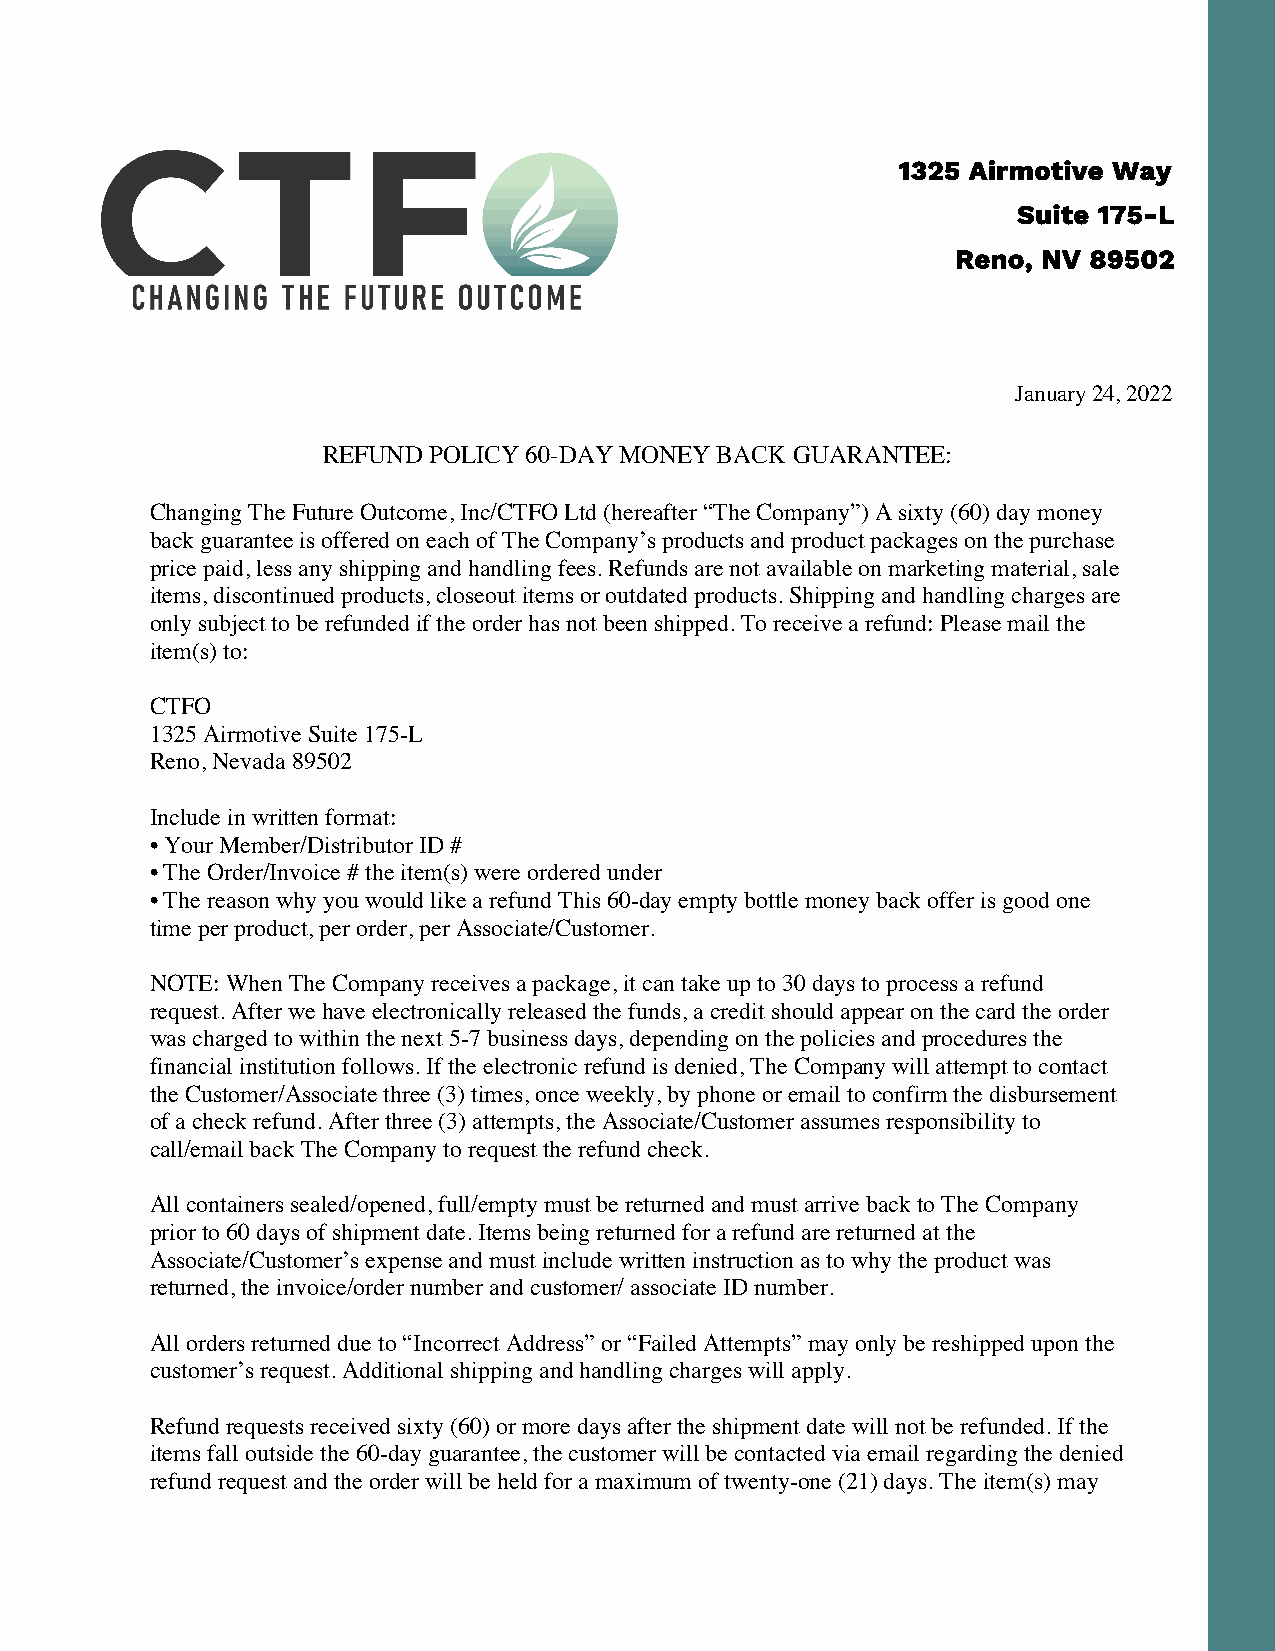
1325 Airmotive Way
 Suite 175-L
 Reno, NV 89502
 Ja
 January 24, 2022
 REFUND POLICY 60-DAY MONEY BACK GUARANTEE:
 Changing The Future Outcome, Inc/CTFO Ltd (hereafter “The Company”) A sixty (60) day money
 back guarantee is offered on each of The Company’s products and product packages on the purchase
 price paid, less any shipping and handling fees. Refunds are not available on marketing material, sale
 items, discontinued products, closeout items or outdated products. Shipping and handling charges are
 only subject to be refunded if the order has not been shipped. To receive a refund: Please mail the
 item(s) to:
 CTFO
 1325 Airmotive Suite 175-L
 Reno, Nevada 89502
 Include in written format:
 • Your Member/Distributor ID #
 • The Order/Invoice # the item(s) were ordered under
 • The reason why you would like a refund This 60-day empty bottle money back offer is good one
 time per product, per order, per Associate/Customer.
 NOTE: When The Company receives a package, it can take up to 30 days to process a refund
 request. After we have electronically released the funds, a credit should appear on the card the order
 was charged to within the next 5-7 business days, depending on the policies and procedures the
 financial institution follows. If the electronic refund is denied, The Company will attempt to contact
 the Customer/Associate three (3) times, once weekly, by phone or email to confirm the disbursement
 of a check refund. After three (3) attempts, the Associate/Customer assumes responsibility to
 call/email back The Company to request the refund check.
 All containers sealed/opened, full/empty must be returned and must arrive back to The Company
 prior to 60 days of shipment date. Items being returned for a refund are returned at the
 Associate/Customer’s expense and must include written instruction as to why the product was
 returned, the invoice/order number and customer/ associate ID number.
 All orders returned due to “Incorrect Address” or “Failed Attempts” may only be reshipped upon the
 customer’s request. Additional shipping and handling charges will apply.
 Refund requests received sixty (60) or more days after the shipment date will not be refunded. If the
 items fall outside the 60-day guarantee, the customer will be contacted via email regarding the denied
 refund request and the order will be held for a maximum of twenty-one (21) days. The item(s) may